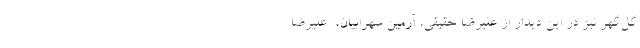
گل‌گهر نیز در این دیدار از علیرضا حقیقی، آرمین سهرابیان، ‌ علیرضا